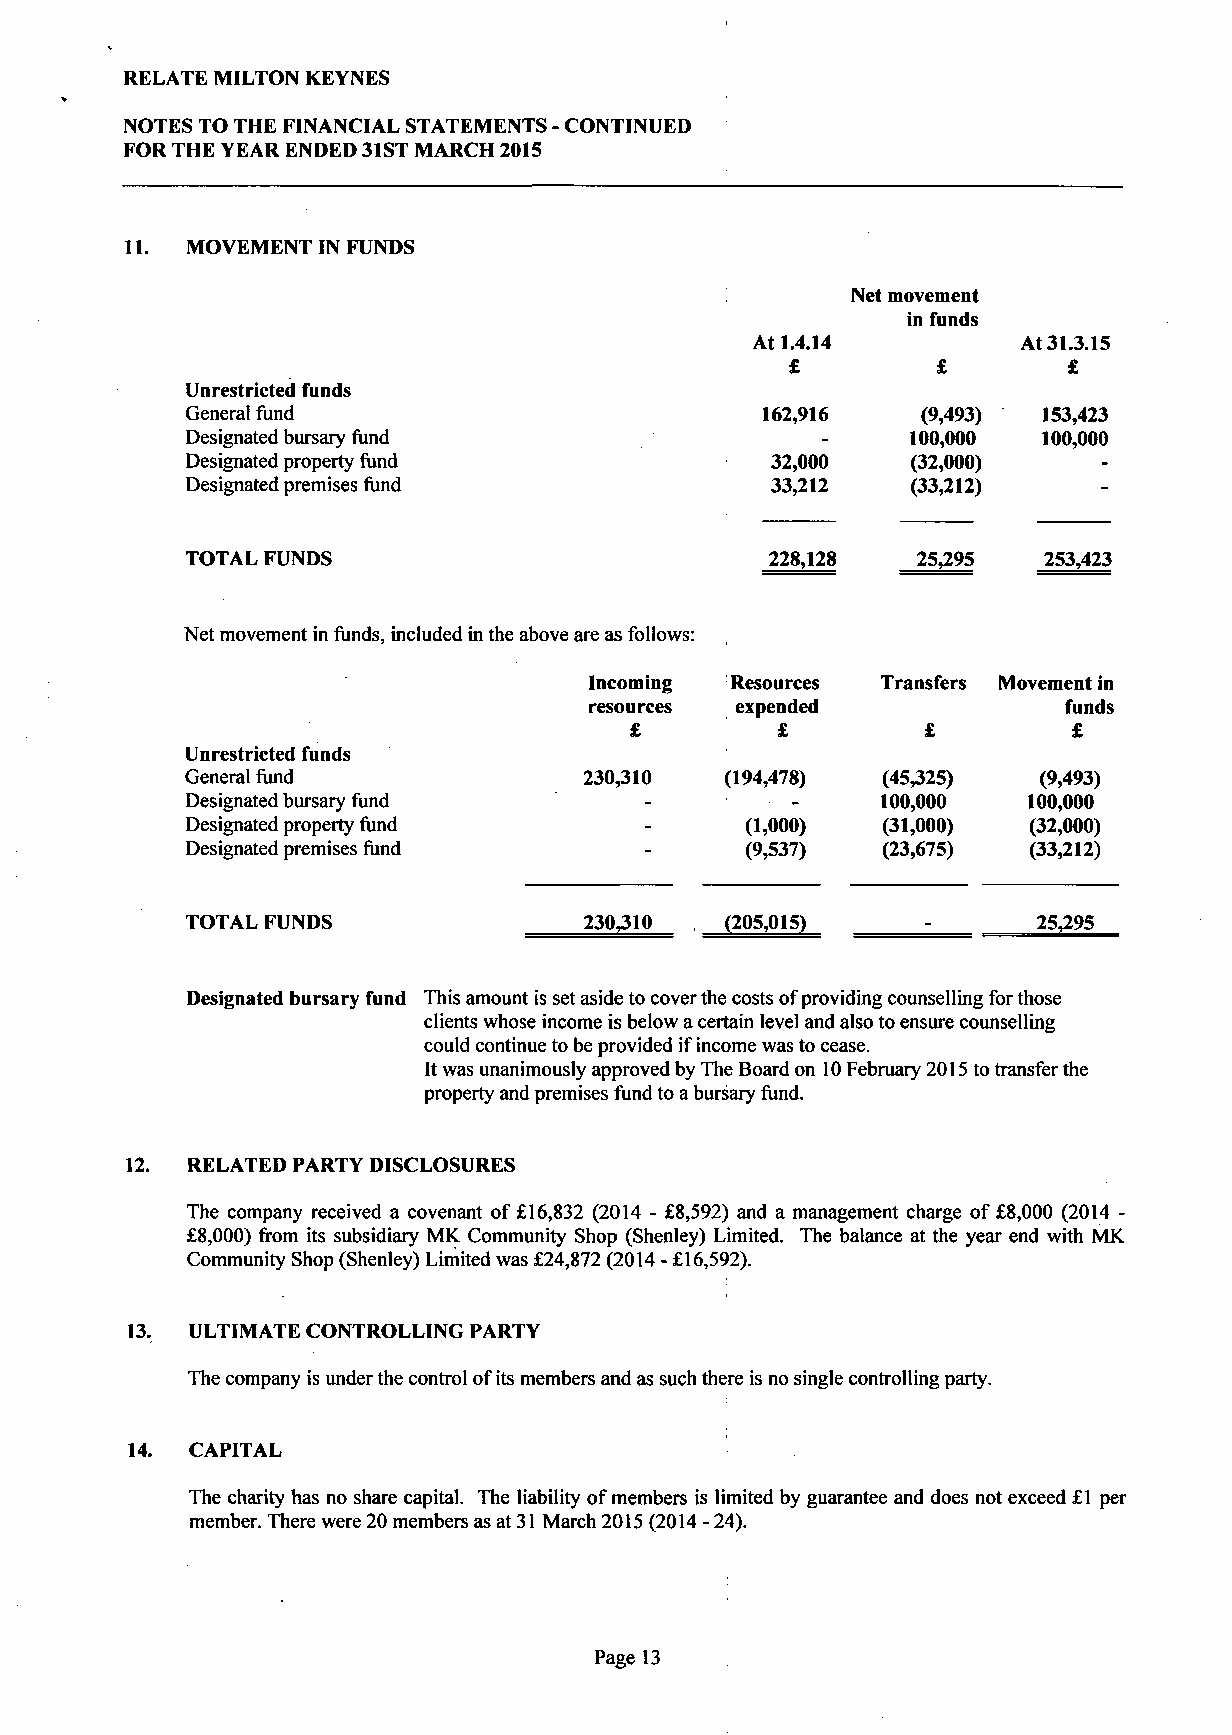
RELATE MILTON KEYNES
 NOTES TO THE FINANCIAL STATEMENTS - CONTINUED
 FOR THE YEAR ENDED 31ST MARCH 2015
 11. MOVEMENT IN FUNDS
 Net movement
 in funds
 At 1.4.14         At 31.3.15
 £                  £
 Unrestricted funds
 General fund                          162,916    (9,493) 153,423
 Designated bursary fund                         100,000  100,000
 Designated property fund               32,000   (32,000)
 Designated premises fund               33,212   (33,212)
 TOTAL FUNDS                            228,128   25,295  253,423
 Net movement in funds, included in the above are as follows:
 Incoming Resources Transfers Movement in
 resources expended             funds
 £        £                   £
 Unrestricted funds
 General fund               230,310  (194,478) (45,325)   (9,493)
 Designated bursary fund                       100,000   100,000
 Designated property fund             (1,000)  (31,000)  (32,000)
 Designated premises fund             (9,537)  (23,675)  (33,212)
 TOTAL FUNDS                230,310  (205,015)            25,295
 Designated bursary fund This amount is set aside to cover the costs of providing counselling for those
 clients whose income is below a certain level and also to ensure counselling
 could continue to be provided if income was to cease.
 It was unanimously approved by The Board on 10 February 2015 to transfer the
 property and premises fund to a bursary fund.
 12.  RELATED PARTY DISCLOSURES
 The company received a covenant of £16,832 (2014 - £8,592) and a management charge of £8,000 (2014 -
 £8,000) from its subsidiary MK Community Shop (Shenley) Limited. The balance at the year end with MK
 Community Shop (Shenley) Limited was £24,872 (2014 - £16,592).
 13.  ULTIMATE CONTROLLING PARTY
 The company is under the control of its members and as such there is no single controlling party.
 14.  CAPITAL
 The charity has no share capital. The liability of members is limited by guarantee and does not exceed £1 per
 member. There were 20 members as at 31 March 2015 (2014 - 24).
 Page 13